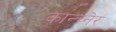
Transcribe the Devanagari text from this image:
कान्च्नेर